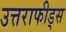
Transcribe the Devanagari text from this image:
उत्तराफीड्स